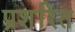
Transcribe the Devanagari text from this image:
प्रशरित